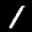
Label: 1